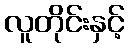
လူတိုင်းနှင့်